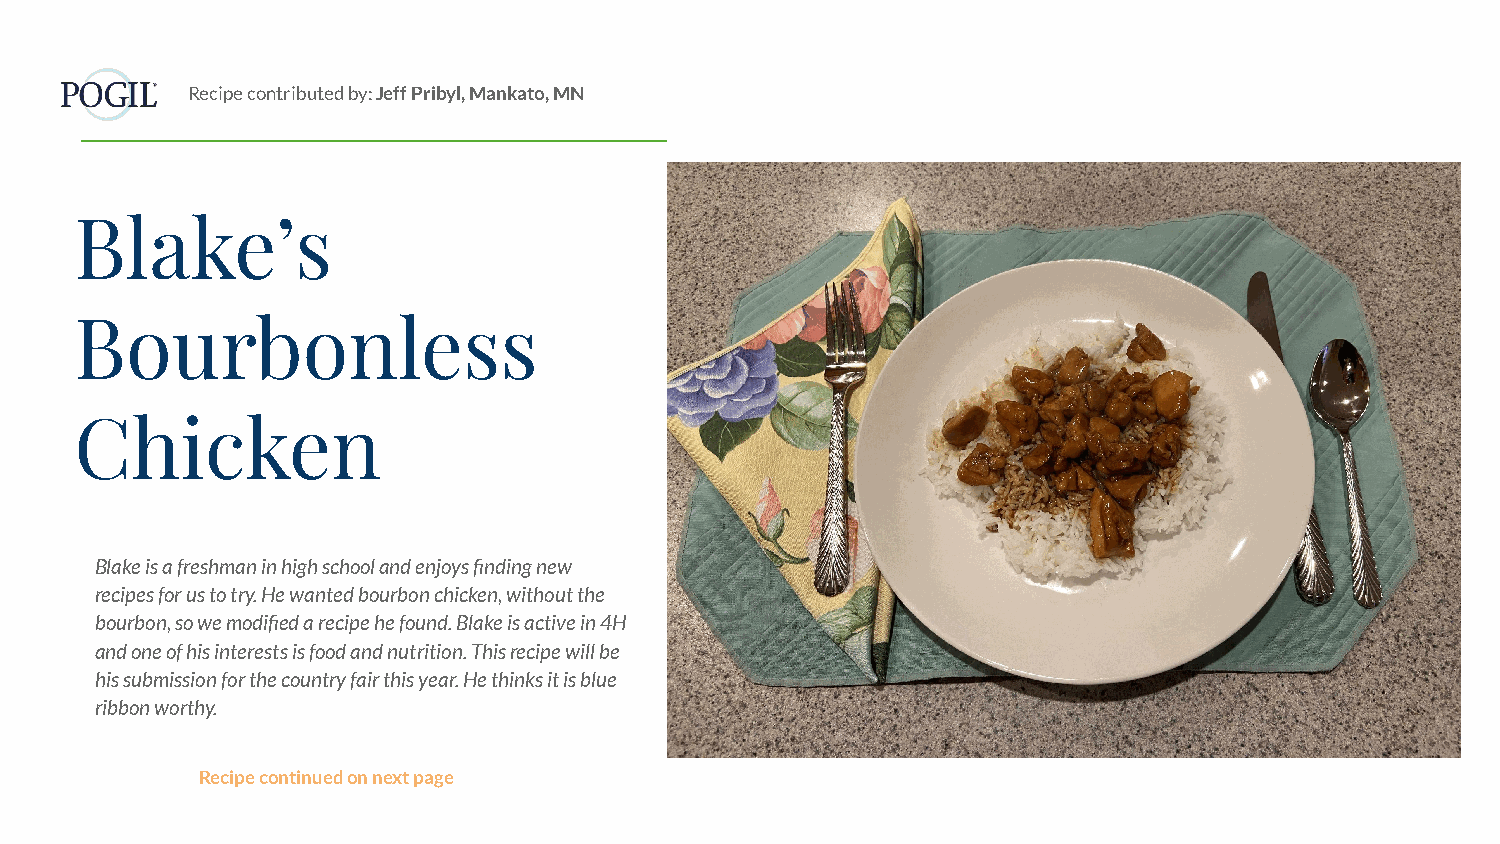
Recipe contributed by: Jeff Pribyl, Mankato, MN
 Blake’s
 Bourbonless
 Chicken
 Blake is a freshman in high school and enjoys finding new
 recipes for us to try. He wanted bourbon chicken, without the
 bourbon, so we modified a recipe he found. Blake is active in 4H
 and one of his interests is food and nutrition. This recipe will be
 his submission for the country fair this year. He thinks it is blue
 ribbon worthy.
 Recipe continued on next page